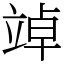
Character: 竨